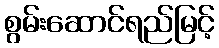
စွမ်းဆောင်ရည်မြင့်